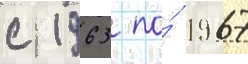
с 1963 по́ 1967